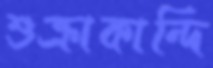
শুক্রাকান্দি